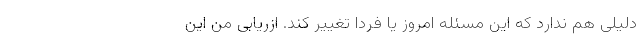
دلیلی هم ندارد که این مسئله امروز یا فردا تغییر کند. ازریابی من این